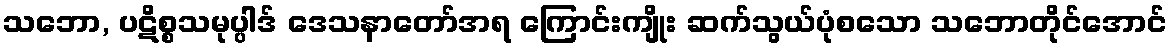
သဘော, ပဋိစ္စသမုပ္ပါဒ် ဒေသနာတော်အရ ကြောင်းကျိုး ဆက်သွယ်ပုံစသော သဘောတိုင်အောင်